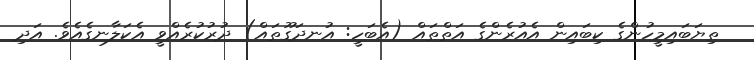
ތިޔަބައިމީހުންގެ ކިބައިން އެއުރެންގެ އަތްތައް (އެބަހީ: އުނދަގޫތައް) ދުރުކުރެއްވީ އެކަލާނގެއެވެ. އަދި